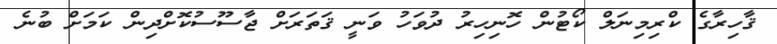
ޤާހިރާގެ ކްރިމިނަލް ކޯޓުން ހޮނިހިރު ދުވަހު ވަނީ ޤަތަރަށް ޖާސޫސުކޮށްދިން ކަމަށް ބުނެ